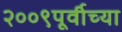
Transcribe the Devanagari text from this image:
२००९पूर्वीच्या